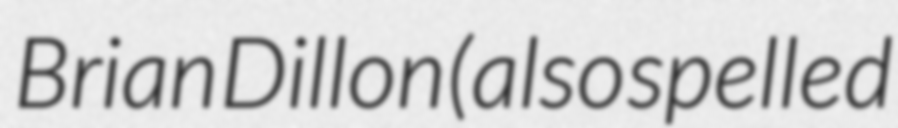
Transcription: Brian Dillon (also spelled